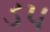
ડપ